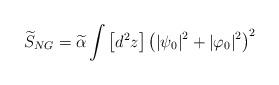
LaTeX: \begin{align*}\widetilde{S}_{NG}=\widetilde{\alpha }\int \left[ d^{2}z\right] \left( \left| \psi_{0}\right| ^{2}+\left| \varphi _{0}\right| ^{2}\right) ^{2}\end{align*}